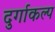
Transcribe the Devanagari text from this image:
दुर्गाकल्प